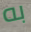
به